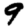
Digit: 9